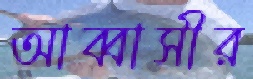
আব্বাসীর